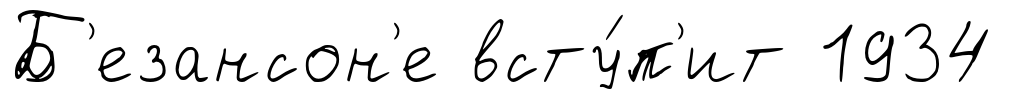
Б'езансон'е всту́п'ит 1934